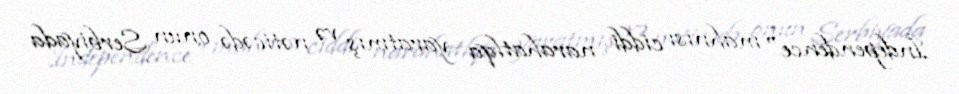
İndependence" mahnısı ciddi narahatlqa yaratmış və nəticədə onun Serbiyada